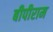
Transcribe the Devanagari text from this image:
बीपीराम